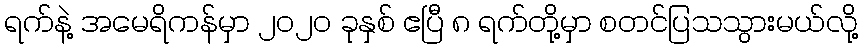
ရက်နဲ့ အမေရိကန်မှာ ၂၀၂၀ ခုနှစ် ဧပြီ ၈ ရက်တို့မှာ စတင်ပြသသွားမယ်လို့